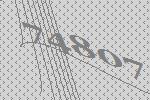
74807